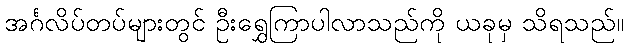
အင်္ဂလိပ်တပ်များတွင် ဦးရွှေကြာပါလာသည်ကို ယခုမှ သိရသည်။